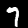
Label: 7